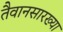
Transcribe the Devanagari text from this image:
तैवानसारख्या